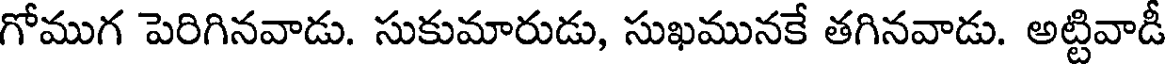
గోముగ పెరిగినవాడు. సుకుమారుడు, సుఖమునకే తగినవాడు. అట్టివాడీ